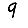
Digit: 9